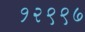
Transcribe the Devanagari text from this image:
१२९९७